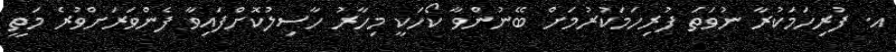
އ. ފުރިހަމަކުރާ ނުވަތަ ފުރިހަމަކުރުމަށް ބޭނުންވާ ކޯހަކީ މިހާރު ހާސިލުކޮށްފައިވާ ފެންވަރަށްވުރެ މަތީ